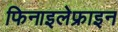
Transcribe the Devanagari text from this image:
फिनाइलेफ्राइन